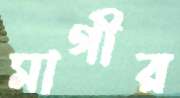
মাগীর